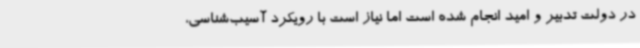
در دولت تدبیر و امید انجام شده است اما نیاز است با رویکرد آسیب‌شناسی،